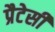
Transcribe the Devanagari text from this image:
प्रैटेसी